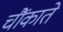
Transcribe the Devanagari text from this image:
चौंकाते